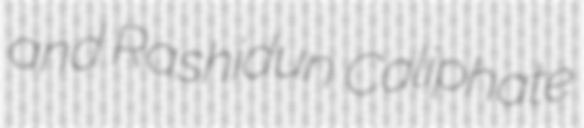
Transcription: and Rashidun Caliphate